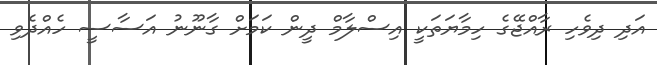
އަދި ދިވެހި ރާއްޖޭގެ ހިމާޔަތަކީ އިސްލާމް ދީން ކަމަށް ގާނޫނު އަސާސީ ހެއްދެވި